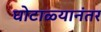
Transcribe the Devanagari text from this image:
घोटाळ्यानंतर